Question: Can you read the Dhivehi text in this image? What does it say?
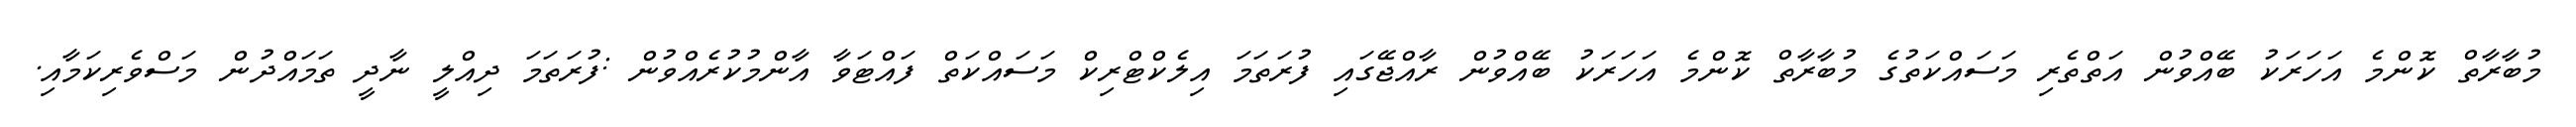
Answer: މުބާރާތް ކޮންމެ އަހަރަކު ބޭއްވުން އަތްތެރި މަސައްކަތުގެ މުބާރާތް ކޮންމެ އަހަރަކު ބޭއްވުން ރާއްޖޭގައި ފުރަތަމަ އިލެކްޓްރިކް މަސައްކަތް ފައްޓަވާ އާންމުކުރެއްވުން :ފުރަތަމަ ދިއްލީ ނާދީ ތަމައްދުން މަސްވެރިކަމާއި.